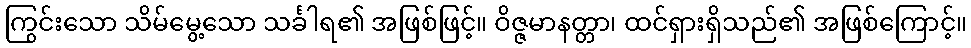
ကြွင်းသော သိမ်မွေ့သော သင်္ခါရ၏ အဖြစ်ဖြင့်။ ဝိဇ္ဇမာနတ္တာ၊ ထင်ရှားရှိသည်၏ အဖြစ်ကြောင့်။